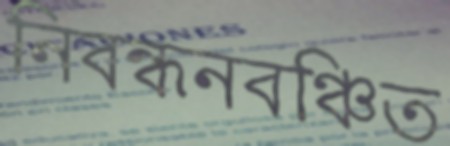
নিবন্ধনবঞ্চিত